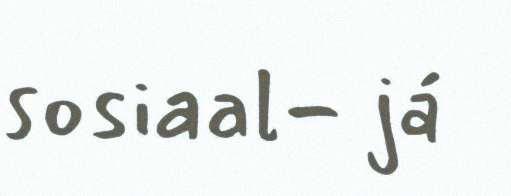
sosiaal- já